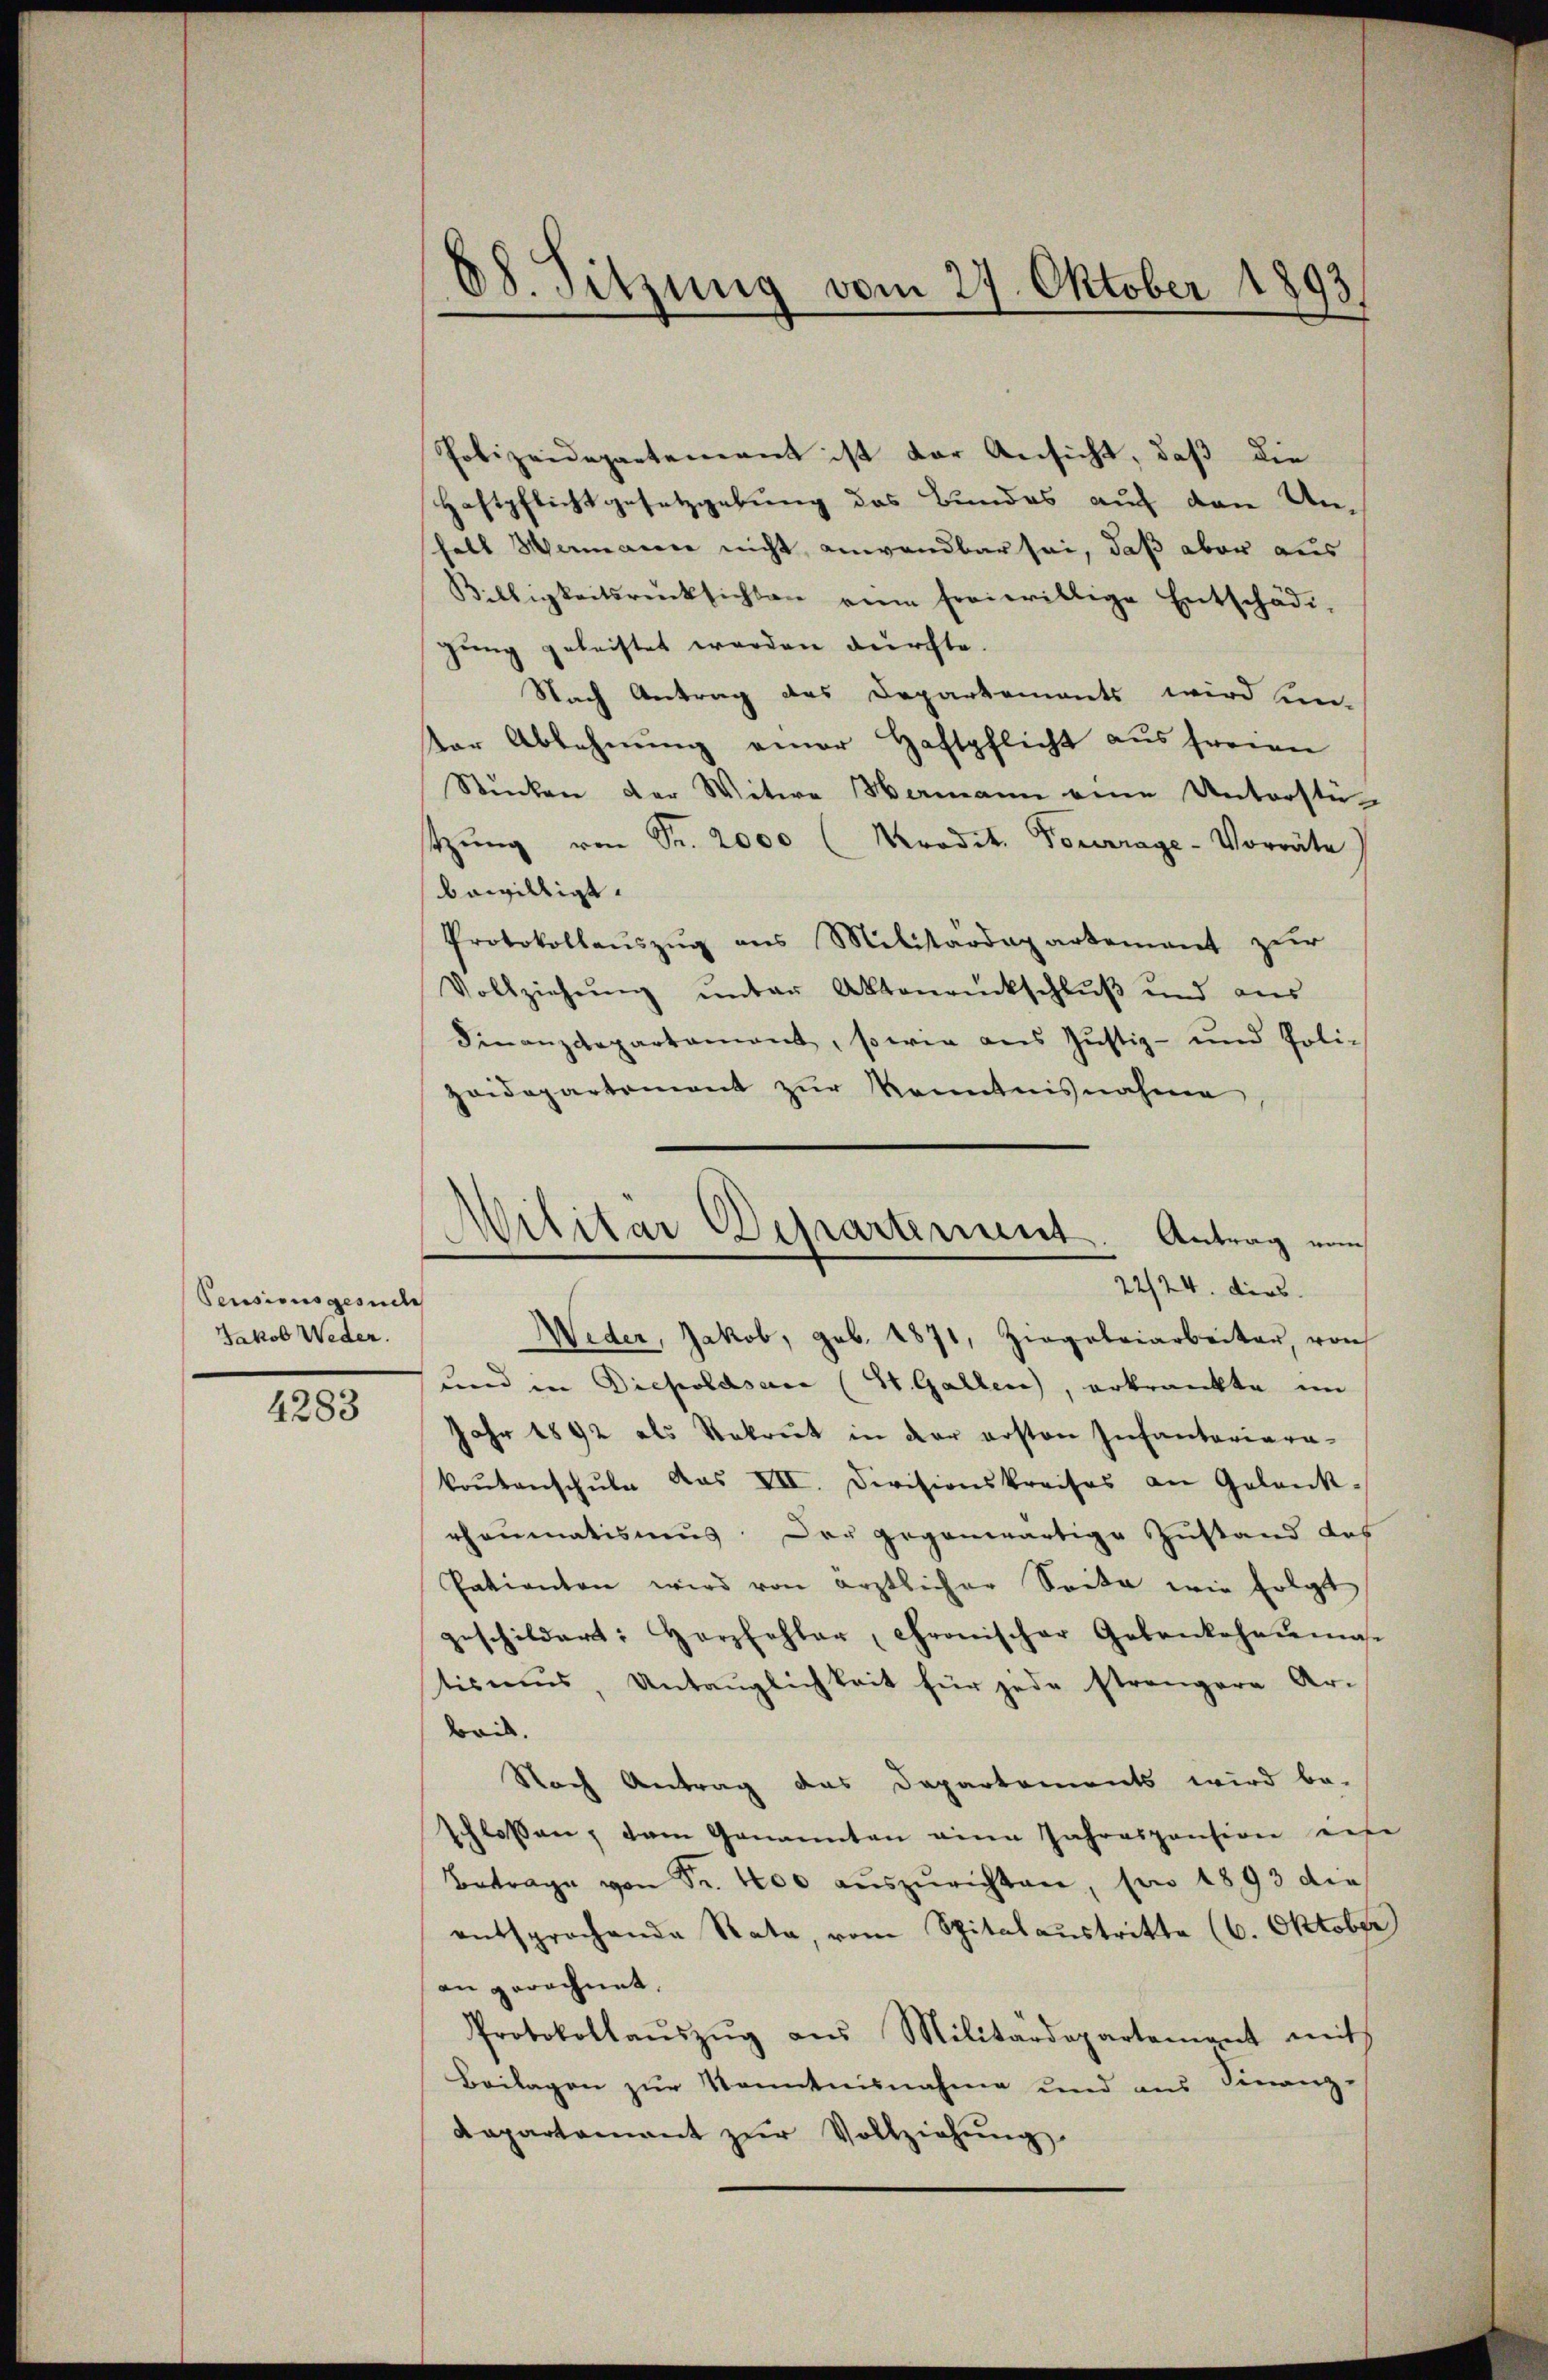
Pensionsgesuche
Jakob Weder.

4283

Polizeidepartement ist der Ansicht, daß die
Haftpflichtgesetzgebung des Bundes auf den Un-
halt Hermaier nicht anwendbar sei, daß aber aus
Willigkeitsrücksichten eine freiwillige Entschädi-
gung geleistet werden durchte.
Nach Antrag des Departements wird un-
der Ablehnung einer Haftpflicht aus freien
Stücken der Witwe Wermann eine Unterstützŭng von Fr. 2000 (Kradit. Pourrage-Vorräte
bewilligt.
Protokollaŭszŭg ans Militärdepartement zŭr
Vollziehung unter Aktenrückschluß und aus
Finanzdepartament, sowie ans Jŭstiz- und Poli-
zoidepartement zŭr Kenntnisnahme

68. Sitzung vom 27. Oktober 1893.

Militär Departement. Antrag vom
22/24. dies

Weder, Jakob, geb. 1871, Ziegeleiarbeiter, von
und in Diepoldsac (St. Gallen, erkrankte im
Jahr 1892 als Rekrut in der ersten Infantariara-
koŭtanschŭle das VIII. Divisionskreises an Gelank-
rheumatismus. Der gegenwärtige Zustand des
Patienten wird von ärztlicher Seite wie folgt
geschildert: Herzfehler, Chronischer Gedankehaŭmase
tismŭs, Untauglichkeit für jede strengere Ar-
beit.
Nach Antrag das Departements wird be-
schlossen, dem Genannten eine Jahrespension eife
Betrage von Fr. 400 aŭszŭrichten, son 1893 die
entsprochende Rata, vom Spitalaustritte (6. Oktober)
an gerechnet.
Protokollaŭszŭg aŭs Militärdepartement mit
Beilagen zur Kenntnisnahme und aus Finanz-
Kapartamant zŭr Vollziehŭng